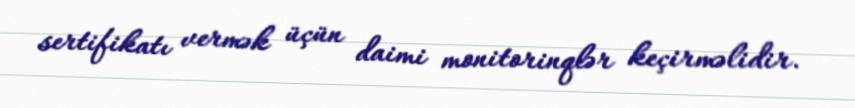
sertifikatı vermək üçün daimi monitorinqlər keçirməlidir.